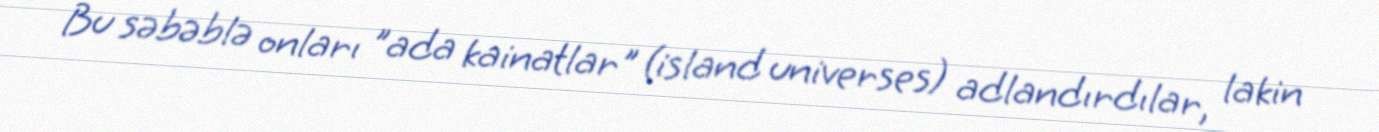
Bu səbəblə onları "ada kainatlar" (island universes) adlandırdılar, lakin